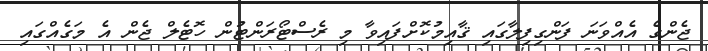
ޖެންގެ އެއްވަނަ ފަންގިފިލާގައި ޤާއިމުކޮށްފައިވާ މި ރެސްޓޯރަންޓުން ހޮޓެލް ޖެން އެ މަގެއްގައި